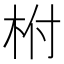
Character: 柎